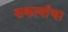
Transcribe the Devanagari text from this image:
सकार्याचा